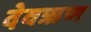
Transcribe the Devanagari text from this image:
देवऋण